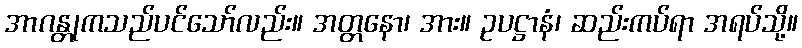
အာဂန္တုကသည်ပင်သော်လည်း။ အတ္တနော၊ အား။ ဥပဋ္ဌာနံ၊ ဆည်းကပ်ရာ အရပ်သို့။